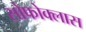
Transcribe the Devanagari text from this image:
सोफोक्लास